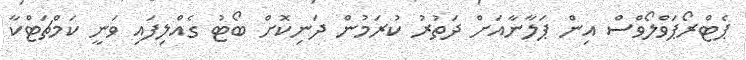
ޕެޓްރޯޕަވްލޯވްސް އިން ޕަލާނާއަށް ދަތުރު ކުރަމުން ދަނިކޮށް ބޯޓު ގެއްލިފައި ވަނީ ކަމްޗަޓްކާ